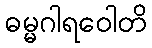
ဓမ္မဂါရဝေါတိ